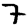
Digit: 7